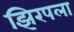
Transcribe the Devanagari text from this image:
झिरपला